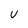
Character: U